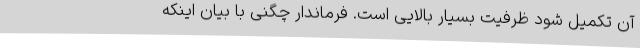
آن تکمیل شود ظرفیت بسیار بالایی است. فرماندار چگنی با بیان اینکه